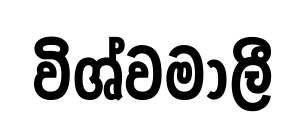
විශ්වමාලී